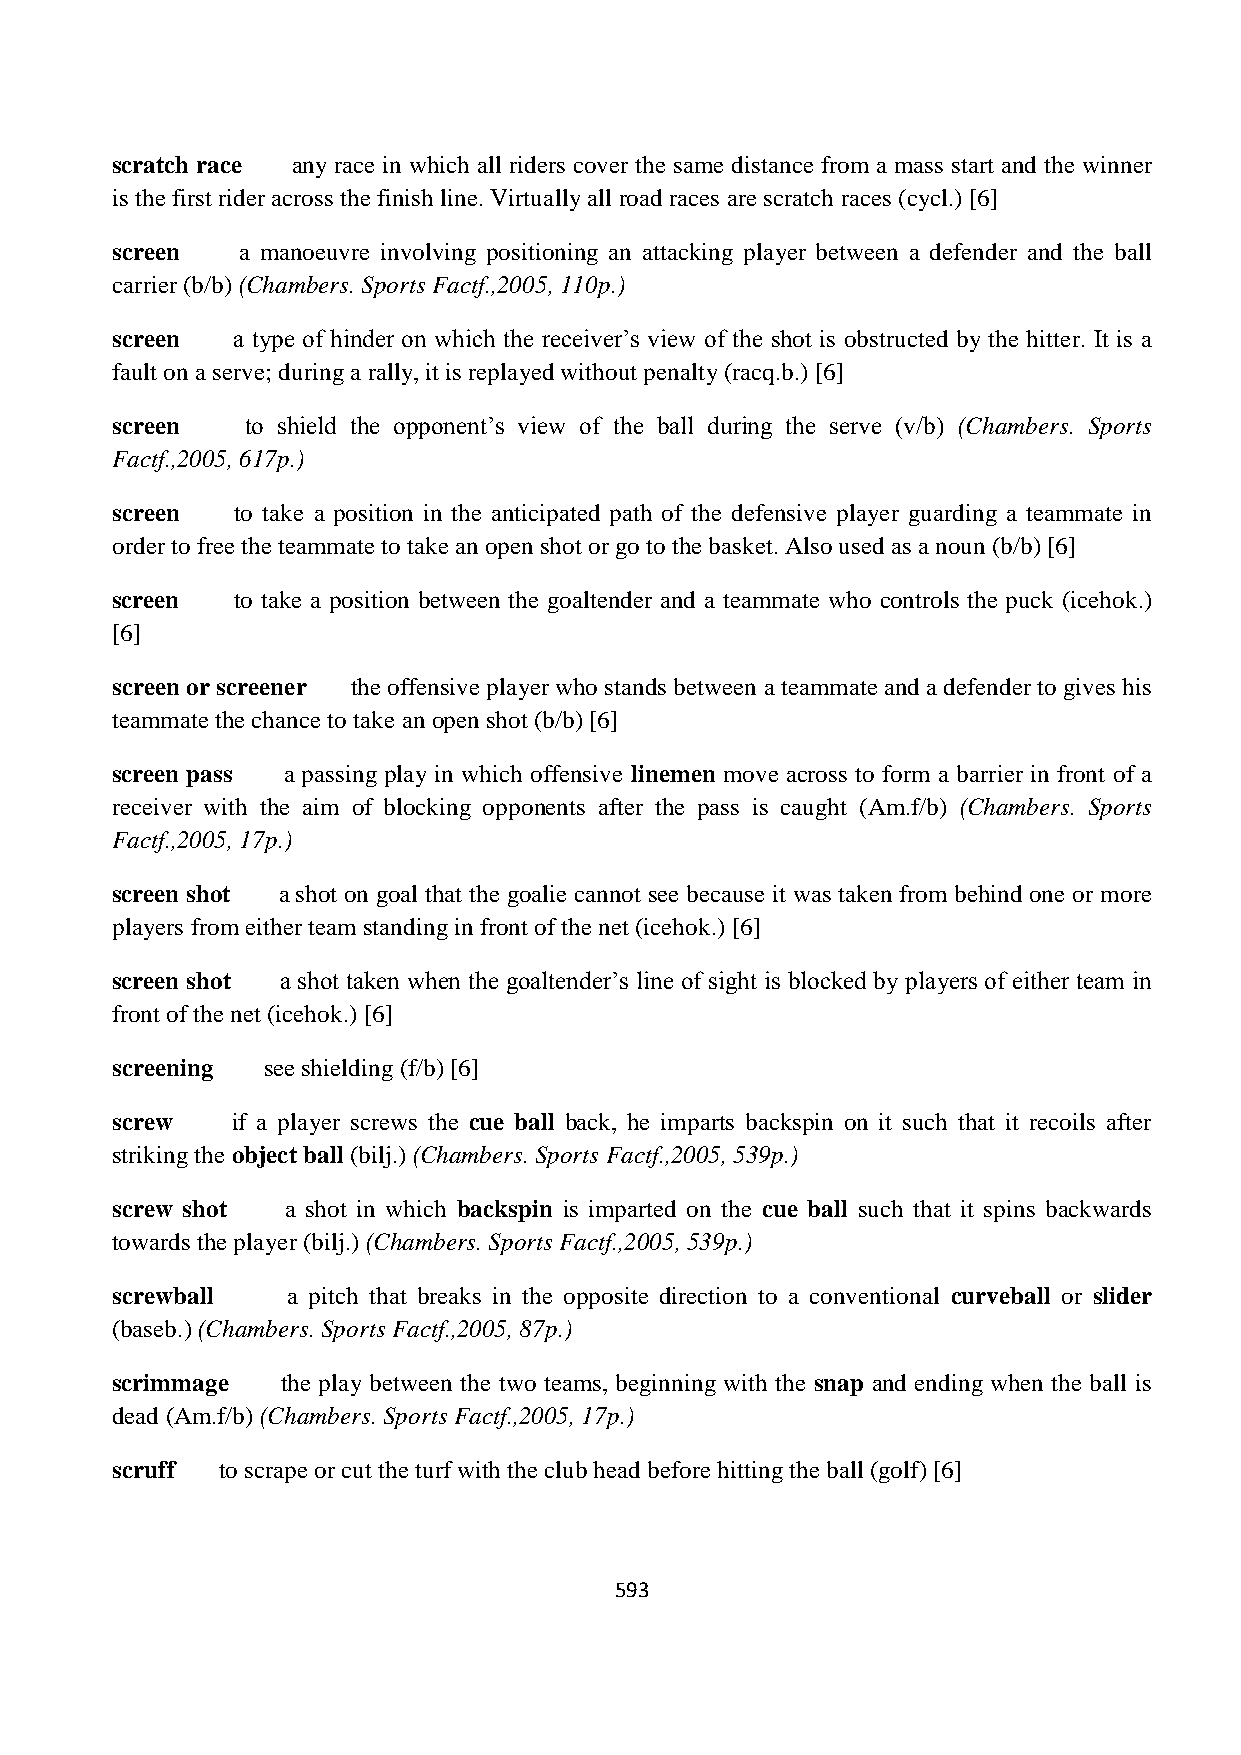
scratch race any race in which all riders cover the same distance from a mass start and the winner
 is the first rider across the finish line. Virtually all road races are scratch races (cycl.) [6]
 screen   a manoeuvre involving positioning an attacking player between a defender and the ball
 carrier (b/b) (Chambers. Sports Factf.,2005, 110p.)
 screen  a type of hinder on which the receiver‟s view of the shot is obstructed by the hitter. It is a
 fault on a serve; during a rally, it is replayed without penalty (racq.b.) [6]
 screen   to shield the opponent‟s view of the ball during the serve (v/b) (Chambers. Sports
 Factf.,2005, 617p.)
 screen   to take a position in the anticipated path of the defensive player guarding a teammate in
 order to free the teammate to take an open shot or go to the basket. Also used as a noun (b/b) [6]
 screen   to take a position between the goaltender and a teammate who controls the puck (icehok.)
 [6]
 screen or screener the offensive player who stands between a teammate and a defender to gives his
 teammate the chance to take an open shot (b/b) [6]
 screen pass a passing play in which offensive linemen move across to form a barrier in front of a
 receiver with the aim of blocking opponents after the pass is caught (Am.f/b) (Chambers. Sports
 Factf.,2005, 17p.)
 screen shot a shot on goal that the goalie cannot see because it was taken from behind one or more
 players from either team standing in front of the net (icehok.) [6]
 screen shot a shot taken when the goaltender‟s line of sight is blocked by players of either team in
 front of the net (icehok.) [6]
 screening see shielding (f/b) [6]
 screw   if a player screws the cue ball back, he imparts backspin on it such that it recoils after
 striking the object ball (bilj.) (Chambers. Sports Factf.,2005, 539p.)
 screw shot  a shot in which backspin is imparted on the cue ball such that it spins backwards
 towards the player (bilj.) (Chambers. Sports Factf.,2005, 539p.)
 screwball   a pitch that breaks in the opposite direction to a conventional curveball or slider
 (baseb.) (Chambers. Sports Factf.,2005, 87p.)
 scrimmage   the play between the two teams, beginning with the snap and ending when the ball is
 dead (Am.f/b) (Chambers. Sports Factf.,2005, 17p.)
 scruff to scrape or cut the turf with the club head before hitting the ball (golf) [6]
 593